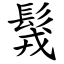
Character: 䯷